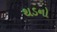
થડનો